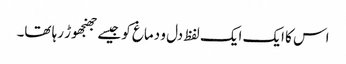
اس کا ایک ایک لفظ دل و دماغ کو جیسے جھنجھوڑ رہا تھا۔